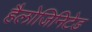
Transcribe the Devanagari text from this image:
हैलोजिनिटेड